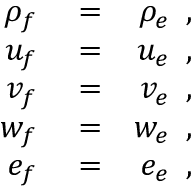
\begin{array} { r l r } { \rho _ { f } } & { { } = } & { \rho _ { e } \, \mathrm { ~ , ~ } } \\ { u _ { f } } & { { } = } & { u _ { e } \, \mathrm { ~ , ~ } } \\ { v _ { f } } & { { } = } & { v _ { e } \, \mathrm { ~ , ~ } } \\ { w _ { f } } & { { } = } & { w _ { e } \, \mathrm { ~ , ~ } } \\ { e _ { f } } & { { } = } & { e _ { e } \, \mathrm { ~ , ~ } } \end{array}